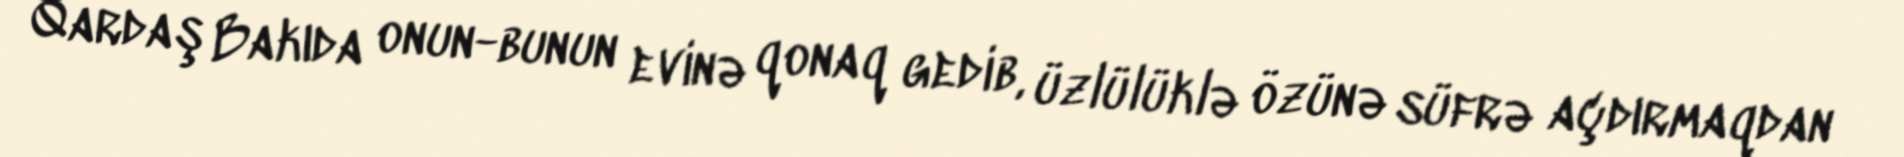
Qardaş Bakıda onun-bunun evinə qonaq gedib, üzlülüklə özünə süfrə açdırmaqdan